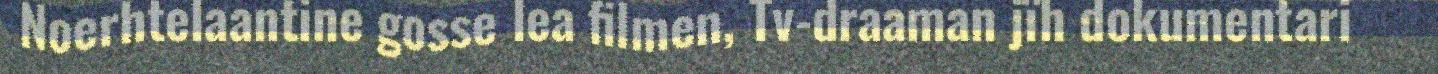
Noerhtelaantine gosse lea filmen, Tv-draaman jïh dokumentari